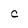
Character: c